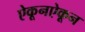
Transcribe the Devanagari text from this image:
ऐकूनऐकून